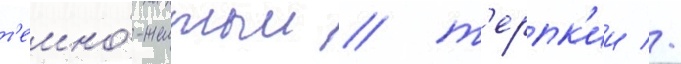
т'емно́-желтыи / т'ерпк'ии //